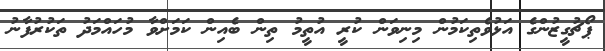
ޕޯޗުގީޒުންގެ އަޅުވެތިކަމުން މިނިވަން ކުރީ އުތީމު ތިން ބެއިން ކަމަށްވާ މުހައްމަދު ތަކުރުފާނު